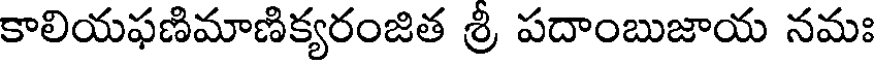
కాలియఫణిమాణిక్యరంజిత శ్రీ పదాంబుజాయ నమః